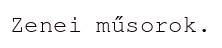
Zenei műsorok.